Scottish Leaving Certificate Examination, 1960
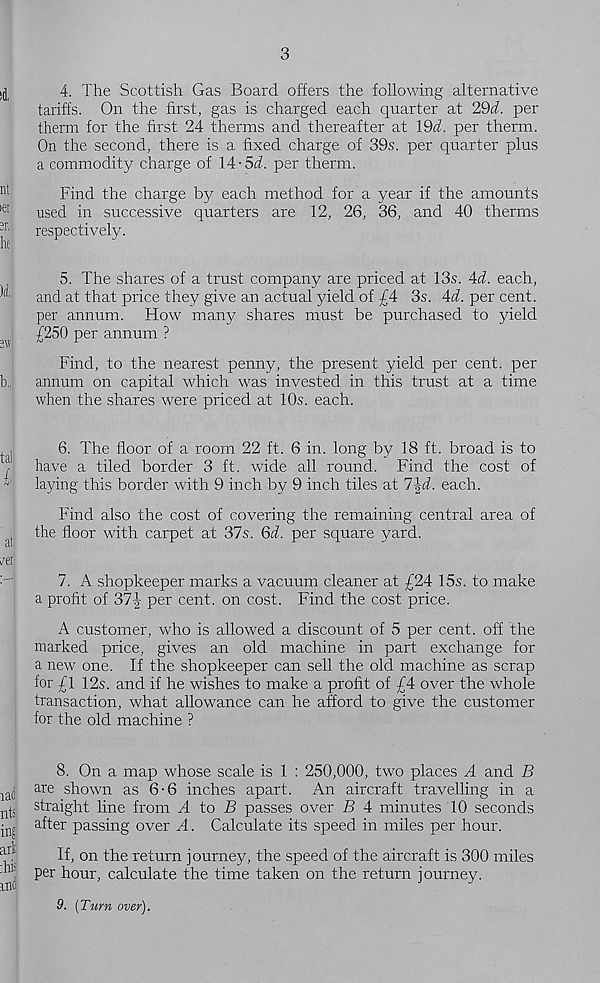
3
jd
4. The Scottish Gas Board offers the following alternative
tariffs. On the first, gas is charged each quarter at 29i. per
therm for the first 24 therms and thereafter at 19i. per therm.
On the second, there is a fixed charge of 39s. per quarter plus
a commodity charge of 14-Sd per therm.
n *
Find the charge by each method for a year if the amounts
)er
used in successive quarters are 12, 26, 36, and 40 therms
“ r '
respectively,
he
5. The shares of a trust company are priced at 13s. Ad. each,
^
and at that price they give an actual yield of £4 3s. Ad. per cent,
per annum. How many shares must be purchased to yield
/250 per annum ?
Find, to the nearest penny, the present yield per cent, per
b,
annum on capital which was invested in this trust at a time
when the shares were priced at 10s. each.
y
6. The floor of a room 22 ft. 6 in. long by 18 ft. broad is to
have a tiled border 3 ft. wide all round. Find the cost of
laying this border with 9 inch by 9 inch tiles at l\d. each.
Find also the cost of covering the remaining central area of
a(
the floor with carpet at 37s. Qd. per square yard.
7. A shopkeeper marks a vacuum cleaner at £ZA 15s. to make
a profit of 37J per cent, on cost. Find the cost price.
A customer, who is allowed a discount of 5 per cent, off the
marked price, gives an old machine in part exchange for
a new one. If the shopkeeper can sell the old machine as scrap
for £1 12s. and if he wishes to make a profit of £4 over the whole
transaction, what allowance can he afford to give the customer
for the old machine ?
8. On a map whose scale is 1 : 250,000, two places A and B
are shown as 6-6 inches apart. An aircraft travelling in a
jJ straight line from A to B passes over B A minutes 10 seconds
• n£ after passing over A. Calculate its speed in miles per hour.
^
If, on the return journey, the speed of the aircraft is 300 miles
.bi- p er
calculate the time taken on the return journey.
9. (Turn over).